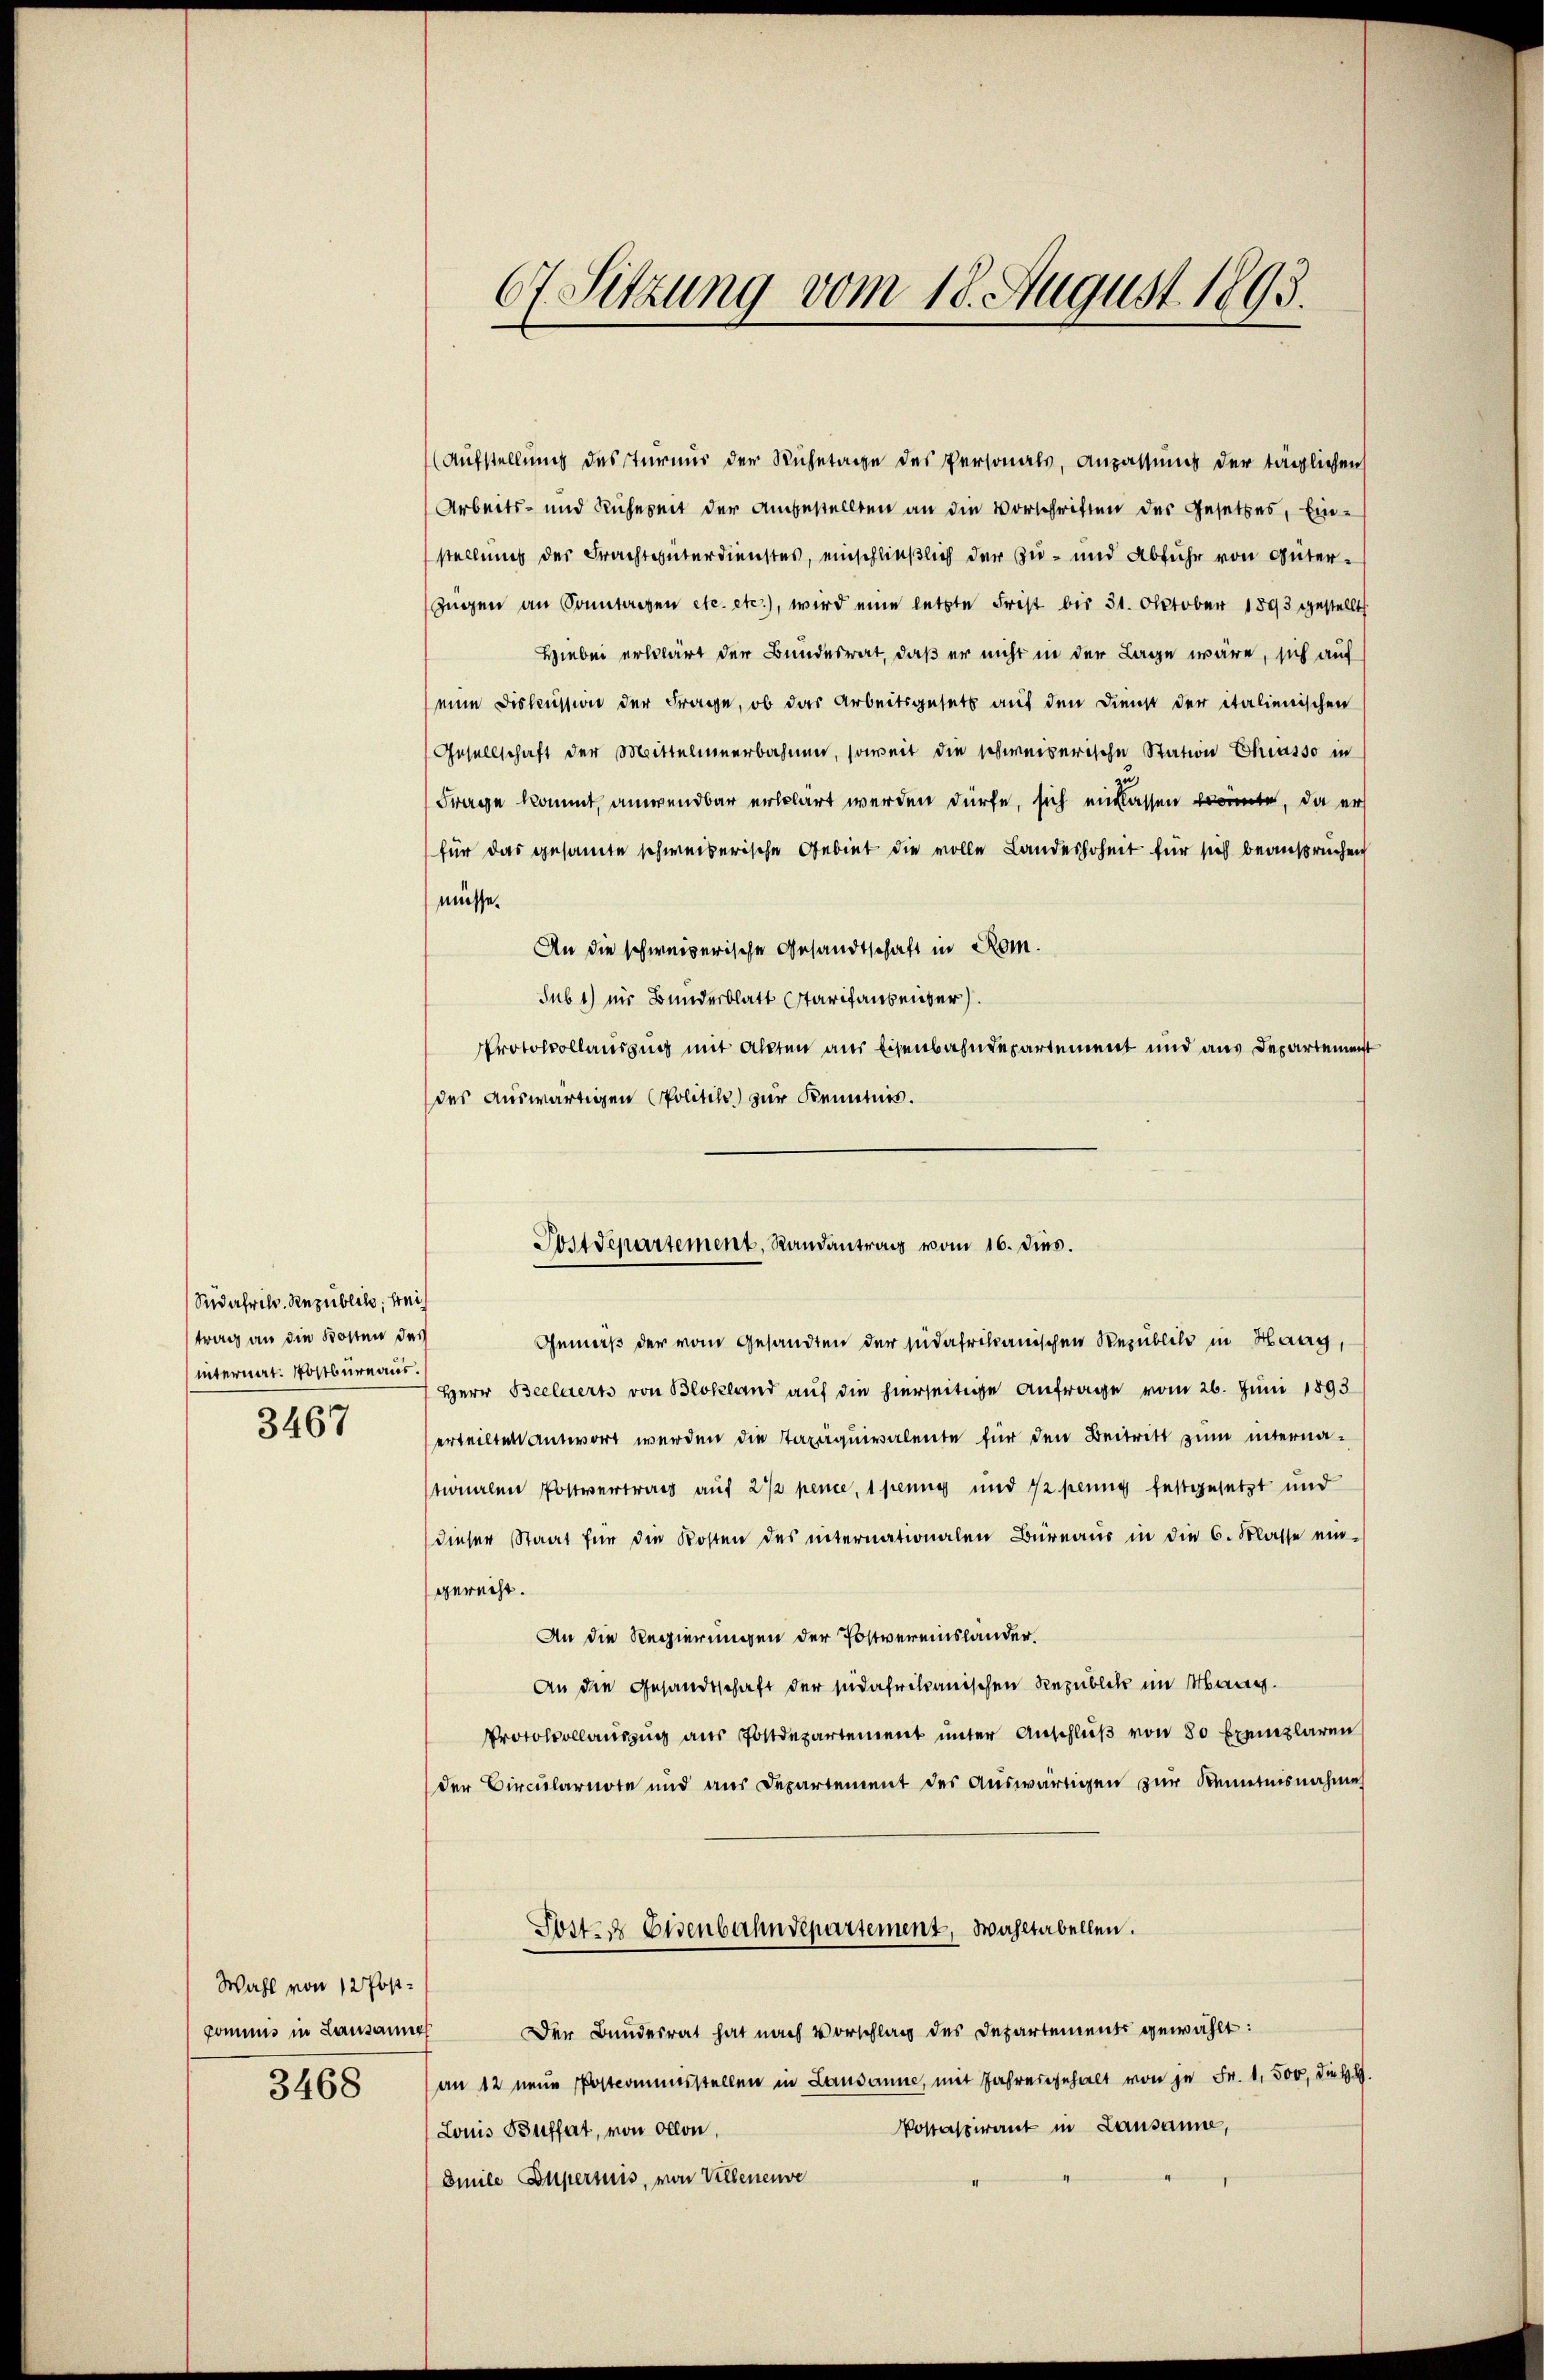
Sedafrilv. Republik, wei
trag an die Kosten des
internat. Postbureaus.

3467

Wahl von 12 Postkommis in Lausanne

3468

(Aufstellung des Turnus der Ruhetage des Personals, Anpassung der täglichen
Arbeits- und Ruhezeit der Angestellten an die Vorschriften des Gesetzes, Ein-
stellung der Frachtunterdienstes, einschließlich der Zu- und Abfuhr von Güter¬
Zügen an Sonntagen etc. etc.), wird eine letzte Frist bis 31. Oktober 1893 gestellt
Hiebei erklärt der Bundesrat, daß er nicht in der Lage wäre, sich auf
(eine Diskussion der Frage, ob das Arbeitsgesetz auf den Dienst der italienischen
Gesellschaft der Mittelmeerbahnen, soweit die schweizerische Station Chiasso in
Frage kommt, anwendbar erklärt werden dürfe, sich einlassen könnte, da er
für das gesamte schweizerische Gebiet die volle Landeshoheit für sich beansprüchen
müsse.
An die schweizerische Gesandtschaft in Rom.
sub 1) ins Bundesblatt starifaubenzer.
Protokollauszug mit Akten aus Eisenbahndepartement und aus Departement
des auswärtigen Politik zur Kenntnis.

67. Sitzung vom 18. August 1893.

Gemäß der vom Gesandten der nidafrikanischen Republik in Haag,
Herr Beelaert von Blokland auf die hierseitige Anfrage vom 26. Juni 1893
erteilten antwort werden die Taxäquivalente für den Beitritt zum internaonalen Postvertrag auf 2 1/2 pence, 1 penny und ½ pennig festgesetzt und
dieser Staat für die Kosten des internationalen Büreaus in die 6. Masse eingerecht.
An die Regierungen der Postvereinslander.
An die Gesandtschaft der südafrikanischen Republik im Maag.
Protokollaŭszŭg aŭs Postdepartement ŭnter Anschlŭβ von 80 Exemplaren
der Circularnote und aus Departement des aŭswärtigen zŭr Kenntnisnahme
Sost. Eisenbahndepartement, Wahltabellen.
Der Bundesrat hat nach Vorschlag des Departements gewählt:
an 12 neue Postcommisstellen in Lausanne, mit Jahresgehalt von je Fr. 1. 500, die Bl.
Postaspirant in Lausanne,
Louis Büffet, von allon,
Smile Superuis, von Vieleneuve

Postdepartement, Randantrag vom 16. dies.